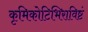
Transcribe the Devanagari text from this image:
कृमिकोटिभिराविष्टं